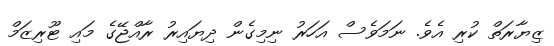
ޒިޔާރަތް ކުރި އެވެ. ނަމަވެސް އަހަރު ނިމިގެން ދިޔައިރު ރާއްޖޭގެ މައި ޓޫރިޒަމް